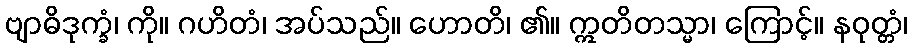
ဗျာဓိဒုက္ခံ၊ ကို။ ဂဟိတံ၊ အပ်သည်။ ဟောတိ၊ ၏။ ဣတိတသ္မာ၊ ကြောင့်။ နဝုတ္တံ၊